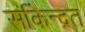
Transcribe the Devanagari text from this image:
संकेिन्द्रत